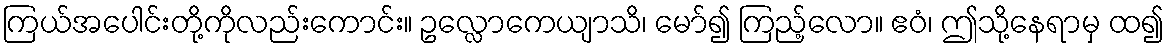
ကြယ်အပေါင်းတို့ကိုလည်းကောင်း။ ဥလ္လောကေယျာသိ၊ မော်၍ ကြည့်လော။ ဧဝံ၊ ဤသို့နေရာမှ ထ၍